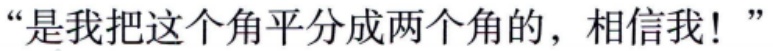
“是我把这个角平分成两个角的，相信我！”